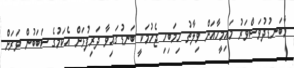
މާބަނޑުދުވަސްވަރު މައިމީހާއަށް ވިލާތު ހިމަބިހި ޖެހުމަކީ ބަނޑުގައިވާ ދަރިފުޅަށް އެކަމުގެ ސަބަބުން ވަރަށް